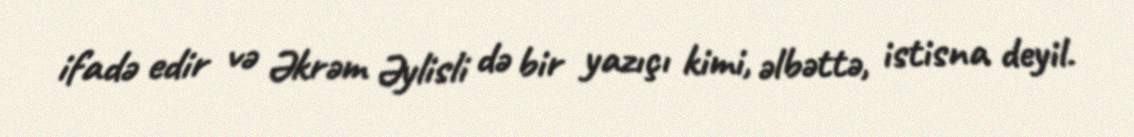
ifadə edir və Əkrəm Əylisli də bir yazıçı kimi, əlbəttə, istisna deyil.